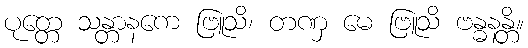
ပုတ္တေ သန္တာနကေ ဗြူသိ၊ တဏှ မေ ဗြူသိ ဗန္ဓနန္တိ။